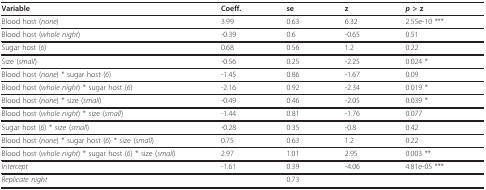
<table><thead><tr><td><b>Variable</b></td><td><b>Coeff.</b></td><td><b>se</b></td><td><b>z</b></td><td><b><i>p </i>&gt; z</b></td></tr></thead><tbody><tr><td>Blood host (<i>none</i>)</td><td>3.99</td><td>0.63</td><td>6.32</td><td>2.55e-10 ***</td></tr><tr><td>Blood host (<i>whole night</i>)</td><td>-0.39</td><td>0.6</td><td>-0.65</td><td>0.51</td></tr><tr><td>Sugar host (<i>6</i>)</td><td>0.68</td><td>0.56</td><td>1.2</td><td>0.22</td></tr><tr><td>Size (<i>small</i>)</td><td>-0.56</td><td>0.25</td><td>-2.25</td><td>0.024 *</td></tr><tr><td>Blood host (<i>none</i>) * sugar host (<i>6</i>)</td><td>-1.45</td><td>0.86</td><td>-1.67</td><td>0.09</td></tr><tr><td>Blood host (<i>whole night</i>) * sugar host (<i>6</i>)</td><td>-2.16</td><td>0.92</td><td>-2.34</td><td>0.019 *</td></tr><tr><td>Blood host (<i>none</i>) * size (<i>small</i>)</td><td>-0.49</td><td>0.46</td><td>-2.05</td><td>0.039 *</td></tr><tr><td>Blood host (<i>whole night</i>) * size (<i>small</i>)</td><td>-1.44</td><td>0.81</td><td>-1.76</td><td>0.077</td></tr><tr><td>Sugar host (<i>6</i>) * size (<i>small</i>)</td><td>-0.28</td><td>0.35</td><td>-0.8</td><td>0.42</td></tr><tr><td>Blood host (<i>none</i>) * sugar host (<i>6</i>) * size (<i>small</i>)</td><td>0.75</td><td>0.63</td><td>1.2</td><td>0.22</td></tr><tr><td>Blood host (<i>whole night</i>) * sugar host (<i>6</i>) * size (<i>small</i>)</td><td>2.97</td><td>1.01</td><td>2.95</td><td>0.003 **</td></tr><tr><td><i>Intercept</i></td><td>-1.61</td><td>0.39</td><td>-4.06</td><td>4.81e-05 ***</td></tr><tr><td><i>Replicate night</i></td><td></td><td>0.73</td><td></td><td></td></tr></tbody></table>